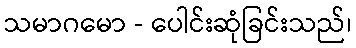
သမာဂမော - ပေါင်းဆုံခြင်းသည်၊